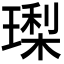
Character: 𭹳